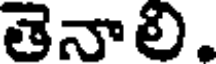
తెనాలి.